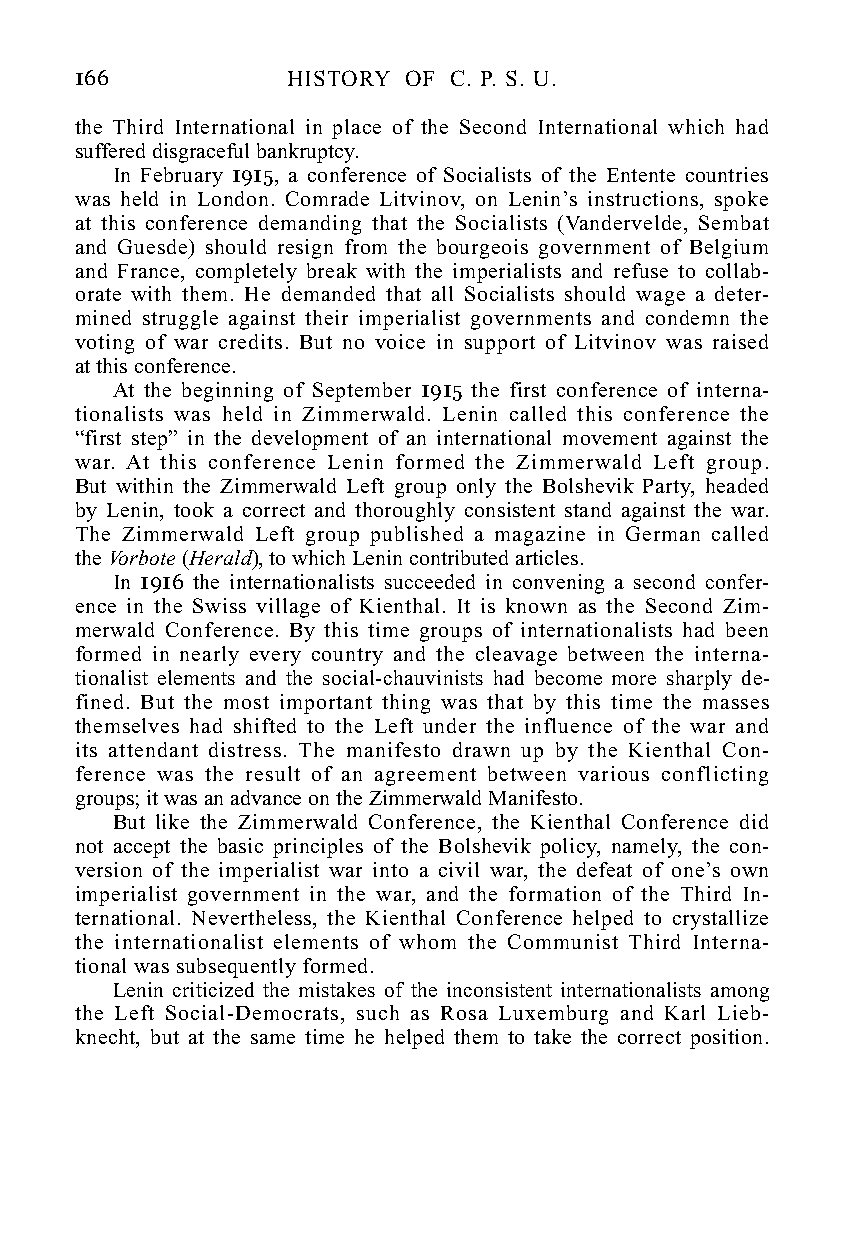
166           HISTORY OF C. P. S. U.
 the Third International in place of the Second International which had
 suffered disgraceful bankruptcy.
 In February 1915, a conference of Socialists of the Entente countries
 was held in London. Comrade Litvinov, on Lenin’s instructions, spoke
 at this conference demanding that the Socialists (Vandervelde, Sembat
 and Guesde) should resign from the bourgeois government of Belgium
 and France, completely break with the imperialists and refuse to collab-
 orate with them. He demanded that all Socialists should wage a deter-
 mined struggle against their imperialist governments and condemn the
 voting of war credits. But no voice in support of Litvinov was raised
 at this conference.
 At the beginning of September 1915 the first conference of interna-
 tionalists was held in Zimmerwald. Lenin called this conference the
 “first step” in the development of an international movement against the
 war. At this conference Lenin formed the Zimmerwald Left group.
 But within the Zimmerwald Left group only the Bolshevik Party, headed
 by Lenin, took a correct and thoroughly consistent stand against the war.
 The Zimmerwald Left group published a magazine in German called
 the Vorbote (Herald), to which Lenin contributed articles.
 In 1916 the internationalists succeeded in convening a second confer-
 ence in the Swiss village of Kienthal. It is known as the Second Zim-
 merwald Conference. By this time groups of internationalists had been
 formed in nearly every country and the cleavage between the interna-
 tionalist elements and the social-chauvinists had become more sharply de-
 fined. But the most important thing was that by this time the masses
 themselves had shifted to the Left under the influence of the war and
 its attendant distress. The manifesto drawn up by the Kienthal Con-
 ference was the result of an agreement between various conflicting
 groups; it was an advance on the Zimmerwald Manifesto.
 But like the Zimmerwald Conference, the Kienthal Conference did
 not accept the basic principles of the Bolshevik policy, namely, the con-
 version of the imperialist war into a civil war, the defeat of one’s own
 imperialist government in the war, and the formation of the Third In-
 ternational. Nevertheless, the Kienthal Conference helped to crystallize
 the internationalist elements of whom the Communist Third Interna-
 tional was subsequently formed.
 Lenin criticized the mistakes of the inconsistent internationalists among
 the Left Social-Democrats, such as Rosa Luxemburg and Karl Lieb-
 knecht, but at the same time he helped them to take the correct position.